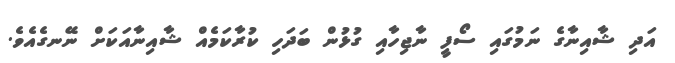
އަދި ޝާއިނާގެ ނަމުގައި ސޯފީ ނާޖިހާއި ގުޅުން ބަދަހި ކުރާކަމެއް ޝާއިނާއަކަށް ނޭނގެއެވެ.